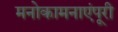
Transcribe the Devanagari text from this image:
मनोकामनाएंपूरी